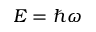
E = \hbar \omega